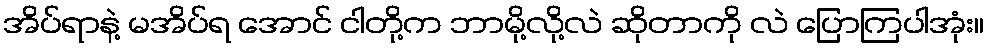
အိပ်ရာနဲ့ မအိပ်ရ အောင် ငါတို့က ဘာမို့လို့လဲ ဆိုတာကို လဲ ပြောကြပါအုံး။